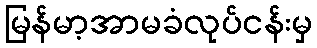
မြန်မာ့အာမခံလုပ်ငန်းမှ